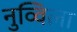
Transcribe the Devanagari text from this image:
नुव्विला